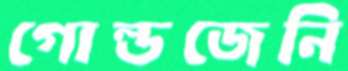
গোল্ডজেনি